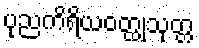
ပုညကိရိယဝတ္ထုသုတ္တ